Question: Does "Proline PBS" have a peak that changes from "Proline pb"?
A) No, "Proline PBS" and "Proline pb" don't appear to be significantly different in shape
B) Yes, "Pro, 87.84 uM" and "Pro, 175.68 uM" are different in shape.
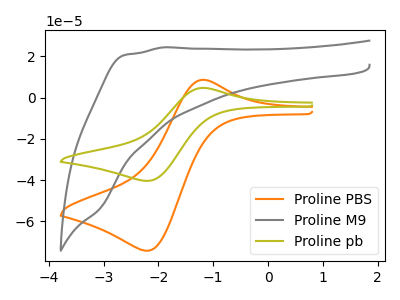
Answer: <think>The orange curve "Proline PBS" has an anodic peak at (-1.20V, 8.60uA) and a cathodic peak at (-2.20V, -74.20uA). The gray curve "Proline M9" has no peaks. The olive curve "Proline pb" has an anodic peak at (-1.20V, 4.70uA) and a cathodic peak at (-2.20V, -40.35uA).
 All the peaks in "Proline PBS" have a peak in "Proline pb" at the same potential. Every peak in "Proline PBS" is higher than every peak in "Proline pb".</think>
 <answer>A) No, "Proline PBS" and "Proline pb" don't appear to be significantly different in shape</answer>
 <eval>A</eval>